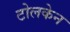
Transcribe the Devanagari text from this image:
टोलकेन